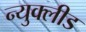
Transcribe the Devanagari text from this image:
न्युक्लीड